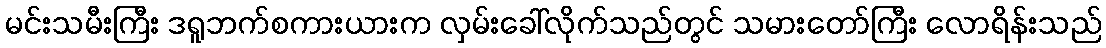
မင်းသမီးကြီး ဒရူဘက်စကားယားက လှမ်းခေါ်လိုက်သည်တွင် သမားတော်ကြီး လောရိန်းသည်